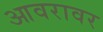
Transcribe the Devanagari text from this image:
आवरावर